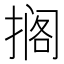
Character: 搁